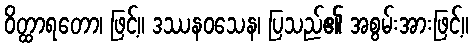
ဝိတ္ထာရတော၊ ဖြင့်။ ဒဿနဝသေန၊ ပြသည်၏ အစွမ်းအားဖြင့်။